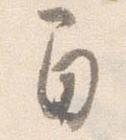
間